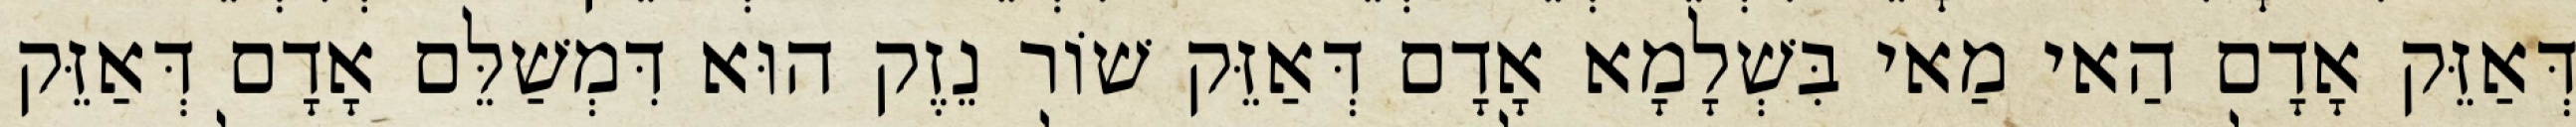
דְּאַזֵּק אָדָם הַאי מַאי בִּשְׁלָמָא אָדָם דְּאַזֵּק שׁוֹר נֵזֶק הוּא דִּמְשַׁלֵּם אָדָם דְּאַזֵּק